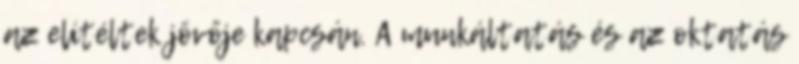
az elítéltek jövője kapcsán. A munkáltatás és az oktatás